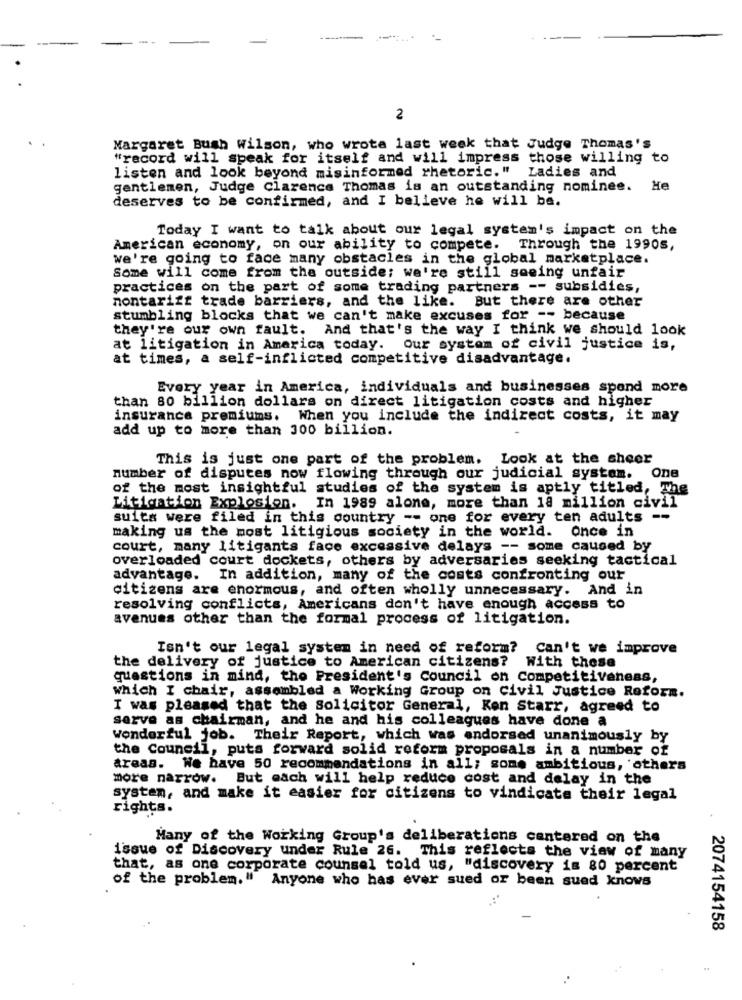
---
2
Margaret Bush Wilson, who wrote last week that Judge Thomas's
"record will speak for itself and will impress those willing to
Ladies and
listen and look beyond misinformed rhetoric."
gentlemen, Judge Clarence Thomas is an outstanding nominee. He
deserves to be confirmed, and I believe he will be.
Today I want to talk about our legal system's impact on the
American economy, on our ability to compete. Through the 19905,
we're going to face many obstacles in the global marketplace.
Some will come from the outside; we're still seeing unfair
practices on the part of some trading partners -- subsidies,
nontarift trade barriers, and the like. But there are other
stumbling blocks that we can't make excuses for -- because
they're our own fault. And that's the way I think we should look
at litigation in America today. Our system of civil justice is,
at times, a self-inflicted competitive disadvantage.
Every year in America, individuals and businesses spend more
than 80 billion dollars on direct litigation costs and higher
insurance premiums. When you include the indirect costs, it may
add up to more than 300 billion.
This is just one part of the problem. Look at the sheer
number of disputes now flowing through our judicial system.
One
of the most insightful studies of the system is aptly titled, The
Litigation Explosion. In 1989 alone, more than 1a million civil
suits were filed in this country -- one for every ten adults --
making us the most litigious society in the world. Once in
court, many litigants face excessive delays -- some caused by
overloaded court dockets, others by adversaries seeking tactical
advantage. In addition, many of the costs confronting our
citizens are enormous, and often wholly unnecessary. And in
resolving conflicts, Americans don't have enough access to
avenues other than the formal process of litigation.
Isn't our legal system in need of reform? Can't we improve
the delivery of justice to American citizens? With these
questions in mind, the President's Council on Competitiveness,
which I chair, assembled a Working Group on Civil Justice Reform.
I was pleased that the Solicitor General, Ken Starr, agreed to
serve as chairman, and he and his colleagues have done a
wonderful job. Their Report, which was endorsed unanimously by
the Council, puts forward solid reform proposals in a number of
areas. We have 50 recommendations in all; some ambitious, others
more narrow. But each will help reduce cost and delay in the
system, and make it easier for citizens to vindicate their legal
rights.
Many of the Working Group's deliberations centered on the
issue of Discovery under Rule 26. This reflects the view of many
that, as one corporate counsel told us, "discovery is 80 percent
of the problem." Anyone who has ever sued or been sued knows
2074154158